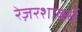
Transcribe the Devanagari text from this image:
रेज़रशार्क्स